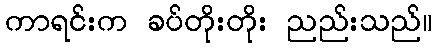
ကာရင်းက ခပ်တိုးတိုး ညည်းသည်။